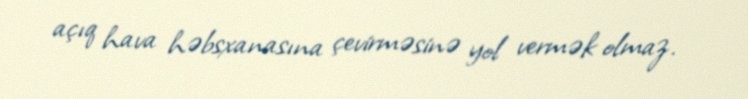
açıq hava həbsxanasına çevirməsinə yol vermək olmaz.